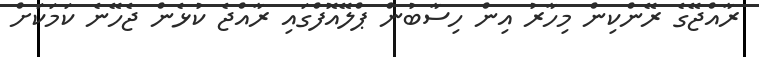
ރާއްޖޭގެ ރޭންކިން މިހާރު އިން ހިސާބުން ޕްލޭއޮފްގައި ރާއްޖެ ކުޅެން ޖެހޭނެ ކަމަކަށް